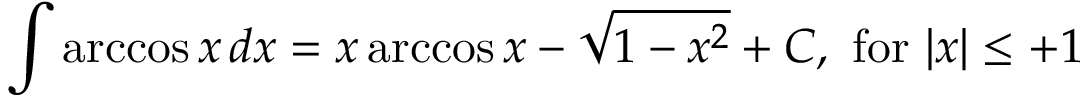
\int \operatorname { a r c c o s } { x } \, d x = x \operatorname { a r c c o s } { x } - { \sqrt { 1 - x ^ { 2 } } } + C , { \mathrm { ~ f o r ~ } } \vert x \vert \leq + 1